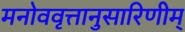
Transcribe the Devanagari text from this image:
मनोववृत्तानुसारिणीम्